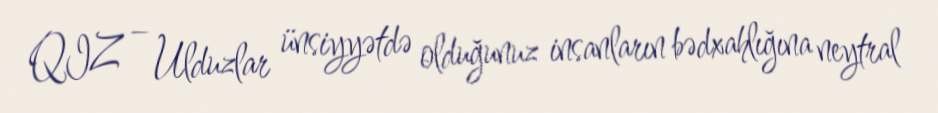
QIZ – Ulduzlar ünsiyyətdə olduğunuz insanların bədxahlığına neytral